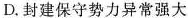
D.封建保守势力异常强大